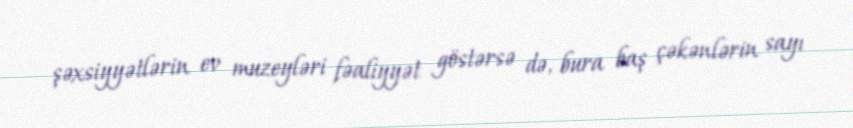
şəxsiyyətlərin ev muzeyləri fəaliyyət göstərsə də, bura baş çəkənlərin sayı